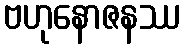
ဗဟုနောဇနဿ